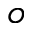
o